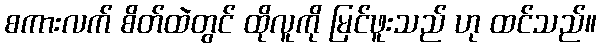
စကားလက် စိတ်ထဲတွင် ထိုလူကို မြင်ဖူးသည် ဟု ထင်သည်။